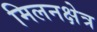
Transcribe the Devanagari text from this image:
मिलनक्षेत्र